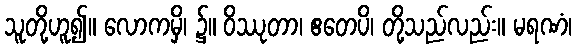
သူတို့ဟူ၍။ လောကမှိ၊ ၌။ ဝိဿုတာ၊ ဧတေပိ၊ တို့သည်လည်း။ မရဏံ၊